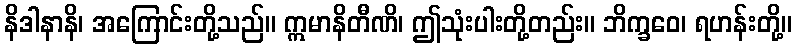
နိဒါနာနိ၊ အကြောင်းတို့သည်။ ဣမာနိတီဏိ၊ ဤသုံးပါးတို့တည်း။ ဘိက္ခဝေ၊ ရဟန်းတို့။